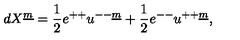
d X ^ { \underline { { m } } } = { \frac { 1 } { 2 } } e ^ { + + } u ^ { -- \underline { { m } } } + { \frac { 1 } { 2 } } e ^ { -- } u ^ { + + \underline { { m } } } ,